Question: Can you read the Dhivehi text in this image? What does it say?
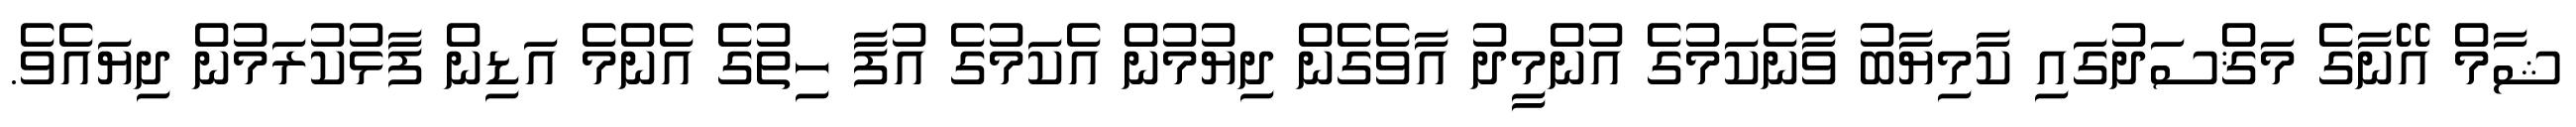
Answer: ޝާމް އޭނާގެ މަޤްސަދުގައި ކާމިޔާބު ވާނެކަމުގެ އުންމީދު އާވެގެން ދިޔުމުން އެކަމުގެ އުފާ ހިތުގެ އެންމެ އަޑިން ފާޅުކުރަމުން ދިޔައެވެ.